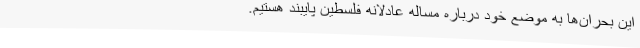
این بحران‌ها به موضع خود درباره مساله عادلانه فلسطین پایبند هستیم.